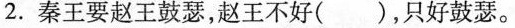
2.秦王要赵王鼓瑟，赵王不好( )，只好鼓瑟。